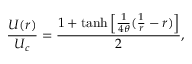
\frac { U ( r ) } { U _ { c } } = \frac { 1 + \operatorname { t a n h } \left[ \frac { 1 } { 4 \theta } ( \frac { 1 } { r } - r ) \right] } { 2 } ,